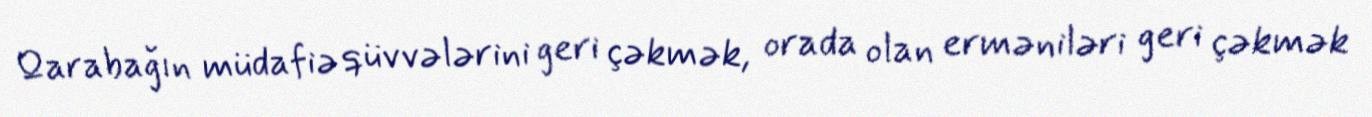
Qarabağın müdafiə qüvvələrini geri çəkmək, orada olan erməniləri geri çəkmək